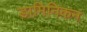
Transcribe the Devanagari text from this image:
डामिनिकन